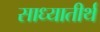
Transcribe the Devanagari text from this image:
साध्यातीर्थ